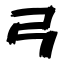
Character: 弓